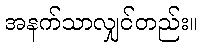
အနက်သာလျှင်တည်း။